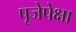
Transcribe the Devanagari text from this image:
पूजेपेक्षा